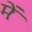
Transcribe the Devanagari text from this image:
मेंः